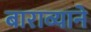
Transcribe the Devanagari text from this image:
बाराव्याने